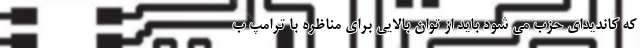
که کاندیدای حزب می شود باید از توان بالایی برای مناظره با ترامپ ب